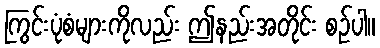
ကြွင်းပုံစံများကိုလည်း ဤနည်းအတိုင်း စဉ်ပါ။